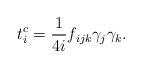
LaTeX: \begin{align*}t_{i}^c=\frac{1}{4i}f_{ijk}{{\gamma}}_{j}{{\gamma}}_{k}.\end{align*}